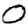
Digit: 0